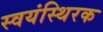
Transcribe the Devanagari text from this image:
स्वयंस्थिरक